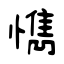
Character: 懏